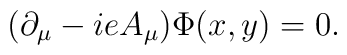
(\partial_{\mu}-ieA_{\mu})\Phi(x,y)=0.